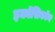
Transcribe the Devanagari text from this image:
इकॉसिकॉन